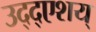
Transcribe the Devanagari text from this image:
उद्द्एशय्